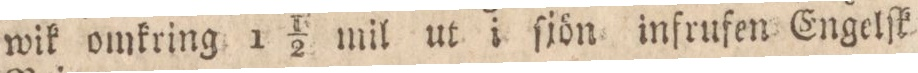
wik omkring 1 1/2 mil ut i ſjön infrufen Engelſk